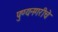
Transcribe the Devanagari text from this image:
पुण्यनगरीचे